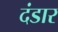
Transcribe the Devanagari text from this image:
दंडार